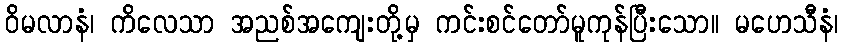
ဝိမလာနံ၊ ကိလေသာ အညစ်အကျေးတို့မှ ကင်းစင်တော်မူကုန်ပြီးသော။ မဟေသီနံ၊